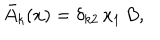
LaTeX: { \bar { A } } _ { k } ( x ) = \delta _ { k 2 } \, x _ { 1 } \, B ,